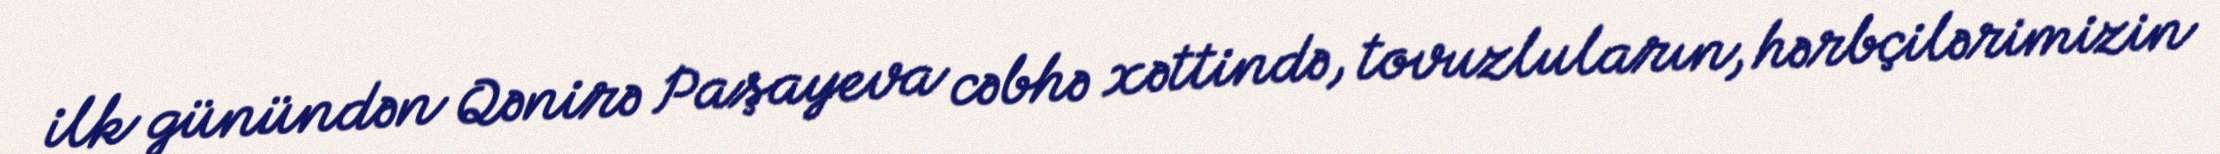
ilk günündən Qənirə Paşayeva cəbhə xəttində, tovuzluların, hərbçilərimizin